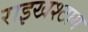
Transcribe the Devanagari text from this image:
राइखश्टाग